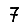
Digit: 7